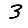
Digit: 3